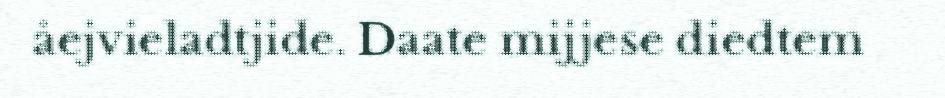
åejvieladtjide. Daate mijjese diedtem